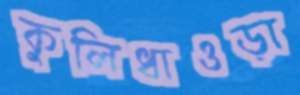
কুলিধাওড়া